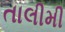
તાલીમી